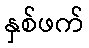
နှစ်ဖက်